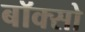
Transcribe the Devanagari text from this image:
बॉक्सो